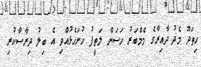
ހިތަދޫ މެދު ދާއިރާގެ މެމްބަރު ހަސަން ލަތީފު ހުށަހެޅުއްވި އެ ބިލު ދިރާސާކުރި